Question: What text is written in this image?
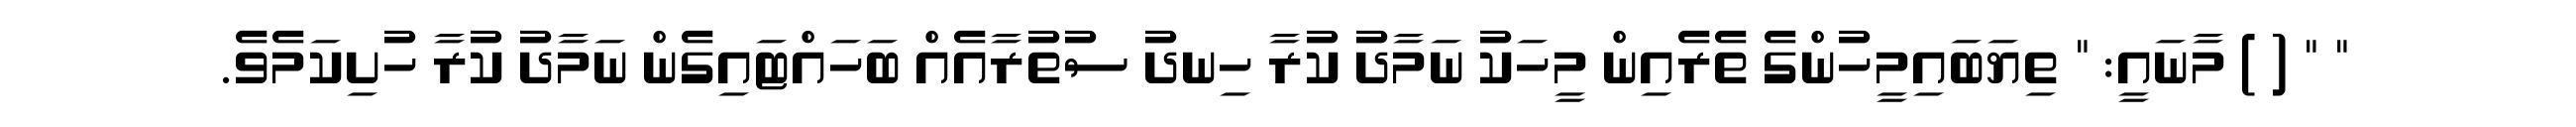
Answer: " " ( ) މާނައީ: " ތިޔަބައިމީހުންގެ ތެރެއިން މީހަކު ނަމާދު ކުރާ ހިނދު ސުތުރާއެއް ބަހައްޓައިގެން ނަމާދު ކުރާ ހުށިކަމެވެ.